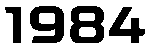
1984